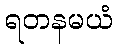
ရတနမယံ